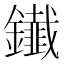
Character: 𨯒